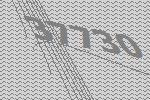
37730